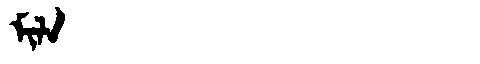
Manchu: ᠮᡳᠯᠠ
Romanization: MILA